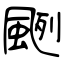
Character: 颲